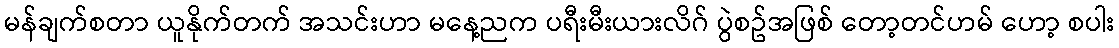
မန်ချက်စတာ ယူနိုက်တက် အသင်းဟာ မနေ့ညက ပရီးမီးယားလိဂ် ပွဲစဥ်အဖြစ် တော့တင်ဟမ် ဟော့ စပါး